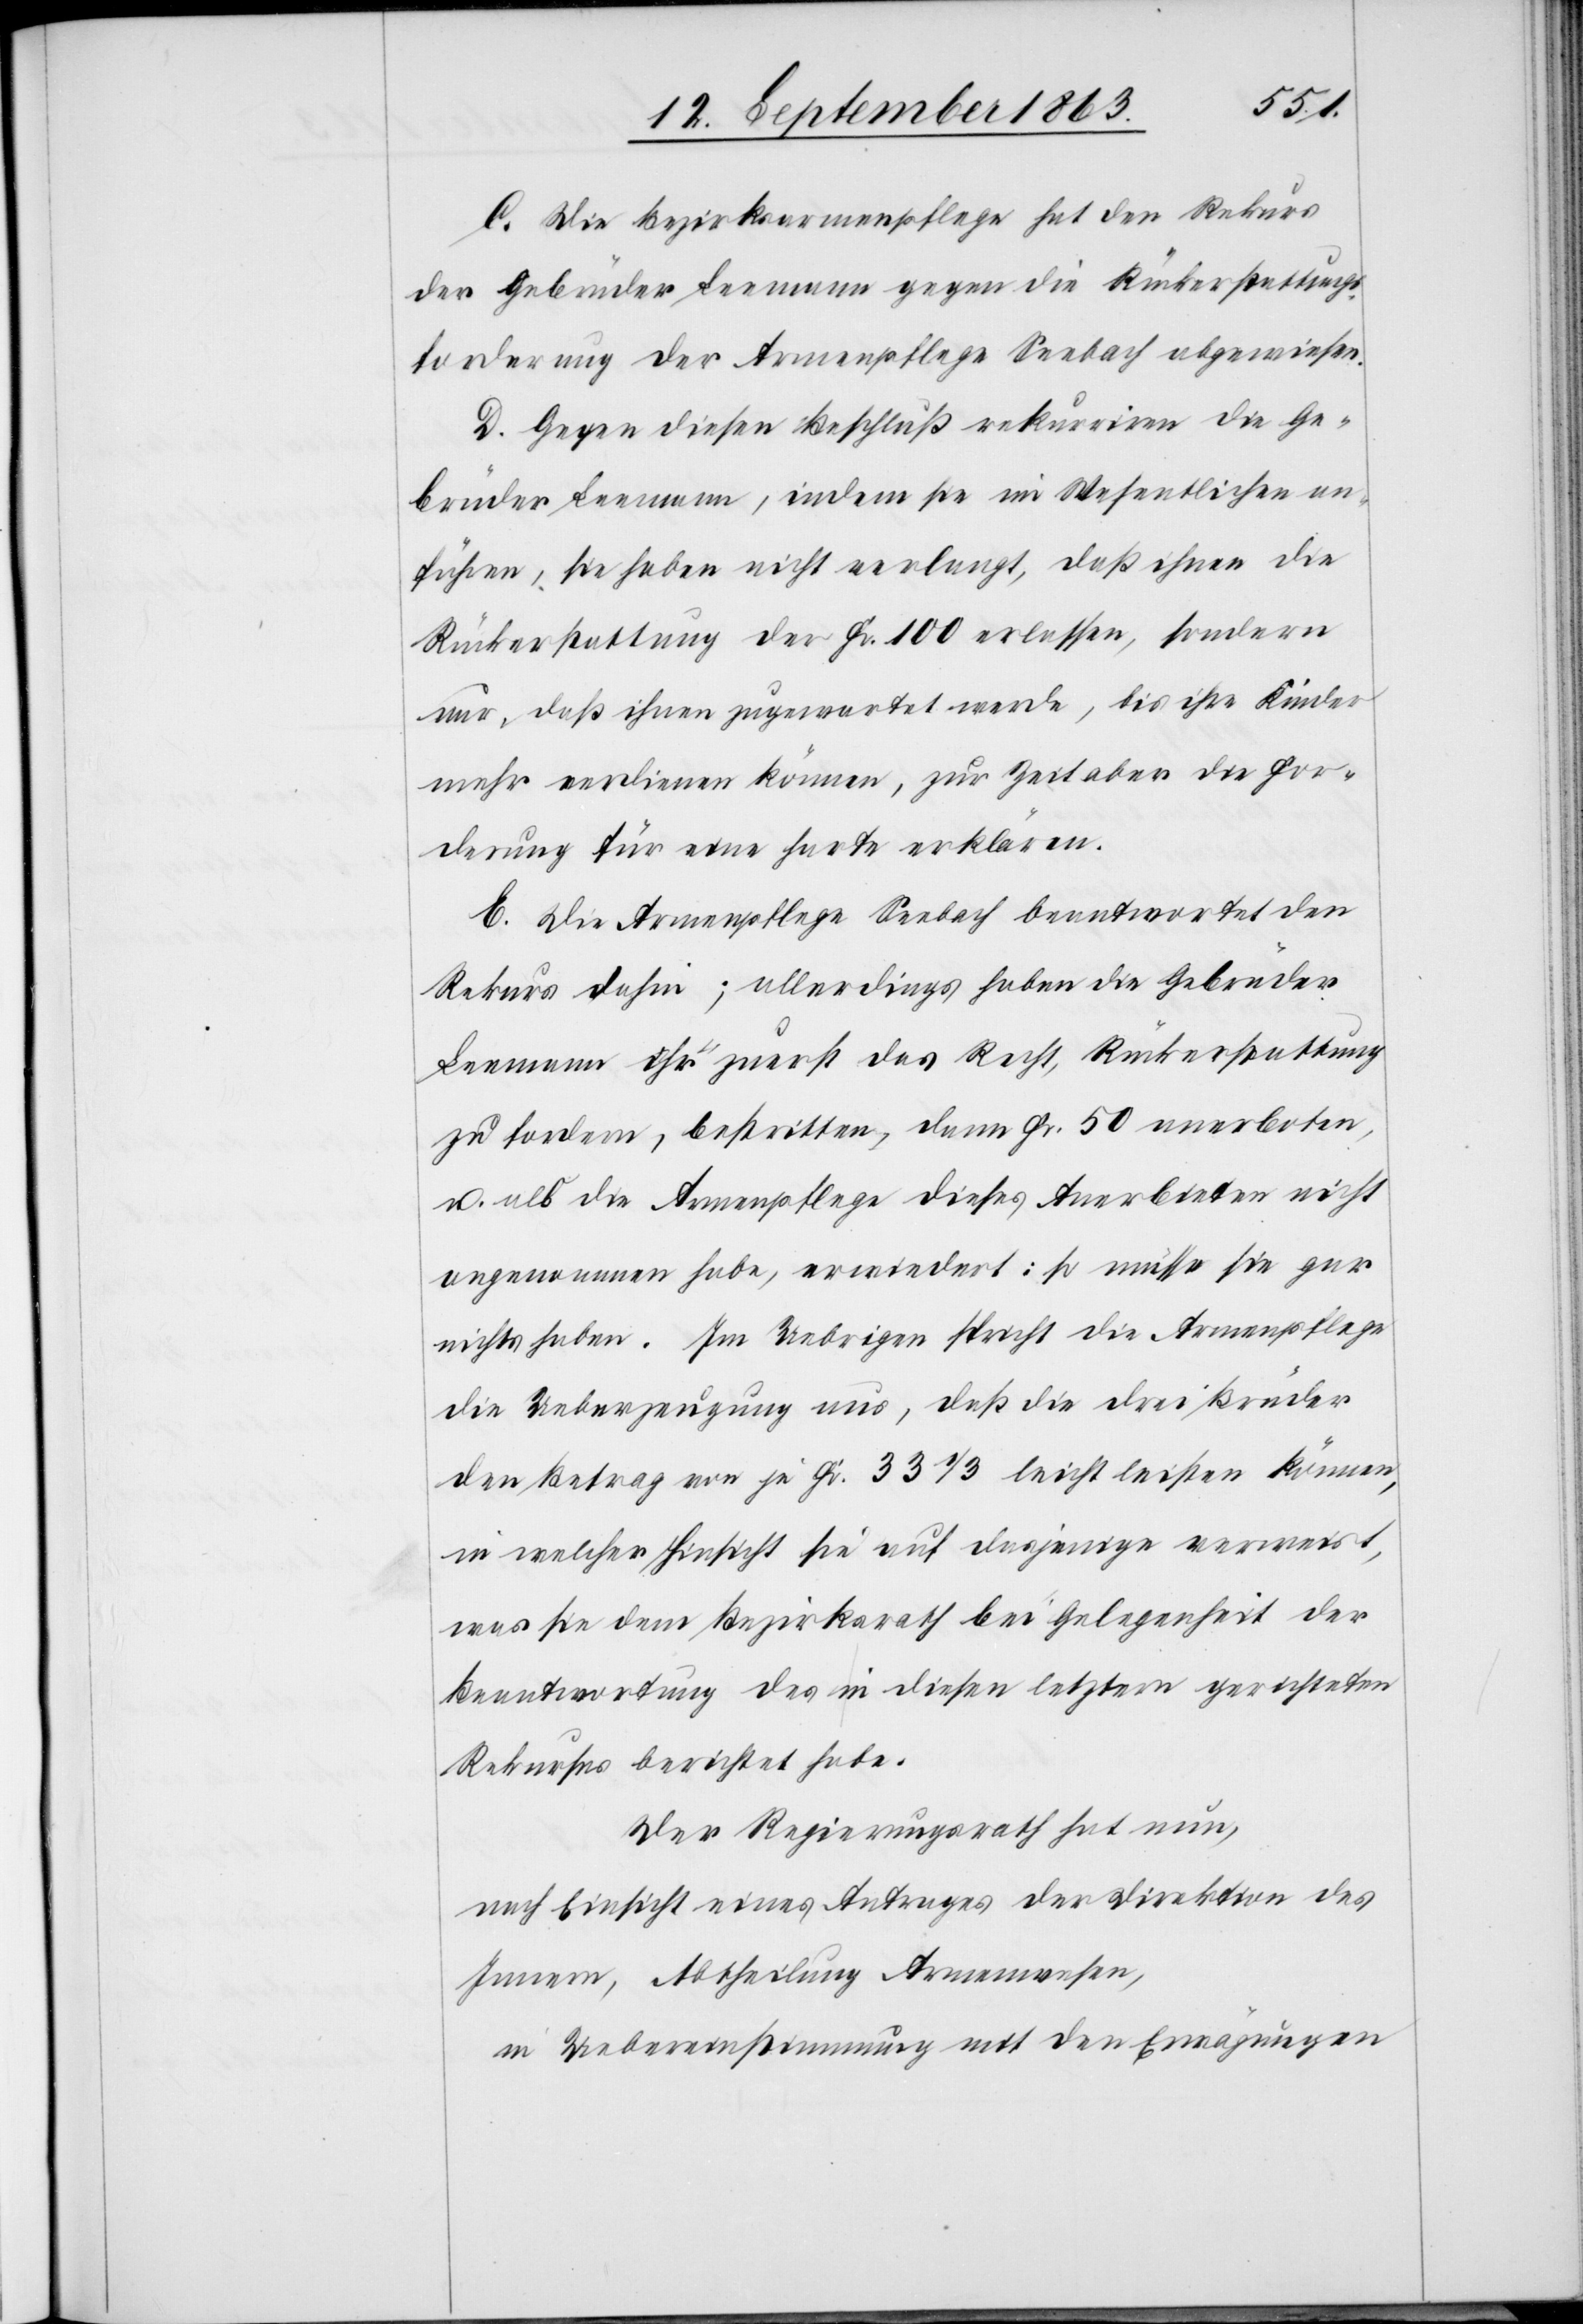
C. Die Bezirksarmenpflege hat den Rekurs
der Gebrüder Leemann gegen die Rückerstattungs¬
forderung der Armenpflege Seebach abgewiesen.
D. Gegen diesen Beschluß rekurriren die Ge¬
brüder Leemann, indem sie im Wesentlichen an¬
führen, sie haben nicht verlangt, daß ihnen die
Rückerstattung der Fr. 100 erlassen, sondern
nur, daß ihnen zugewartet werde, bis ihre Kinder
mehr verdienen können, zur Zeit aber die For¬
derung für eine harte erklären.
E. Die Armenpflege Seebach beantwortet den
Rekurs dahin; allerdings haben die Gebrüder
Leemann ihr zuerst das Recht, Rückerstattung
zu fordern, bestritten, dann Fr. 50 anerboten,
u. als die Armenpflege dieses Anerbieten nicht
angenommen habe, erwiedert: so müsse sie gar
nichts haben. Im Uebrigen spricht die Armenpflege
die Ueberzeugung aus, daß die drei Brüder
den Betrag von je Fr. 33 1/3 leicht leisten können,
in welcher Hinsicht sie auf dasjenige verweist,
was sie dem Bezirksrath bei Gelegenheit der
Beantwortung des in diesen letztern gerichteten
Rekurses berichtet habe.
Der Regierungsrath hat nun,
nach Einsicht eines Antrages der Direktion des
Innern, Abtheilung Armenwesen,
in Uebereinstimmung mit den Erwägungen